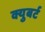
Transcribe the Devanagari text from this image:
क्युबर्ट